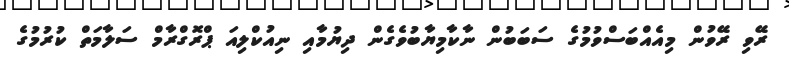
ރޭވި ރޭވުން މިއެއްބަސްވުމުގެ ސަބަބުން ނާކާމިޔާބުވެގެން ދިޔުމާއި ނިއުކްލިއަ ޕްރޮގްރާމް ސަލާމަތް ކުރުމުގެ